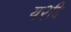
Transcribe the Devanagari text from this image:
य२दि